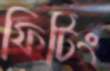
ফিটিং